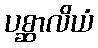
ပစ္ဆာလိယံ